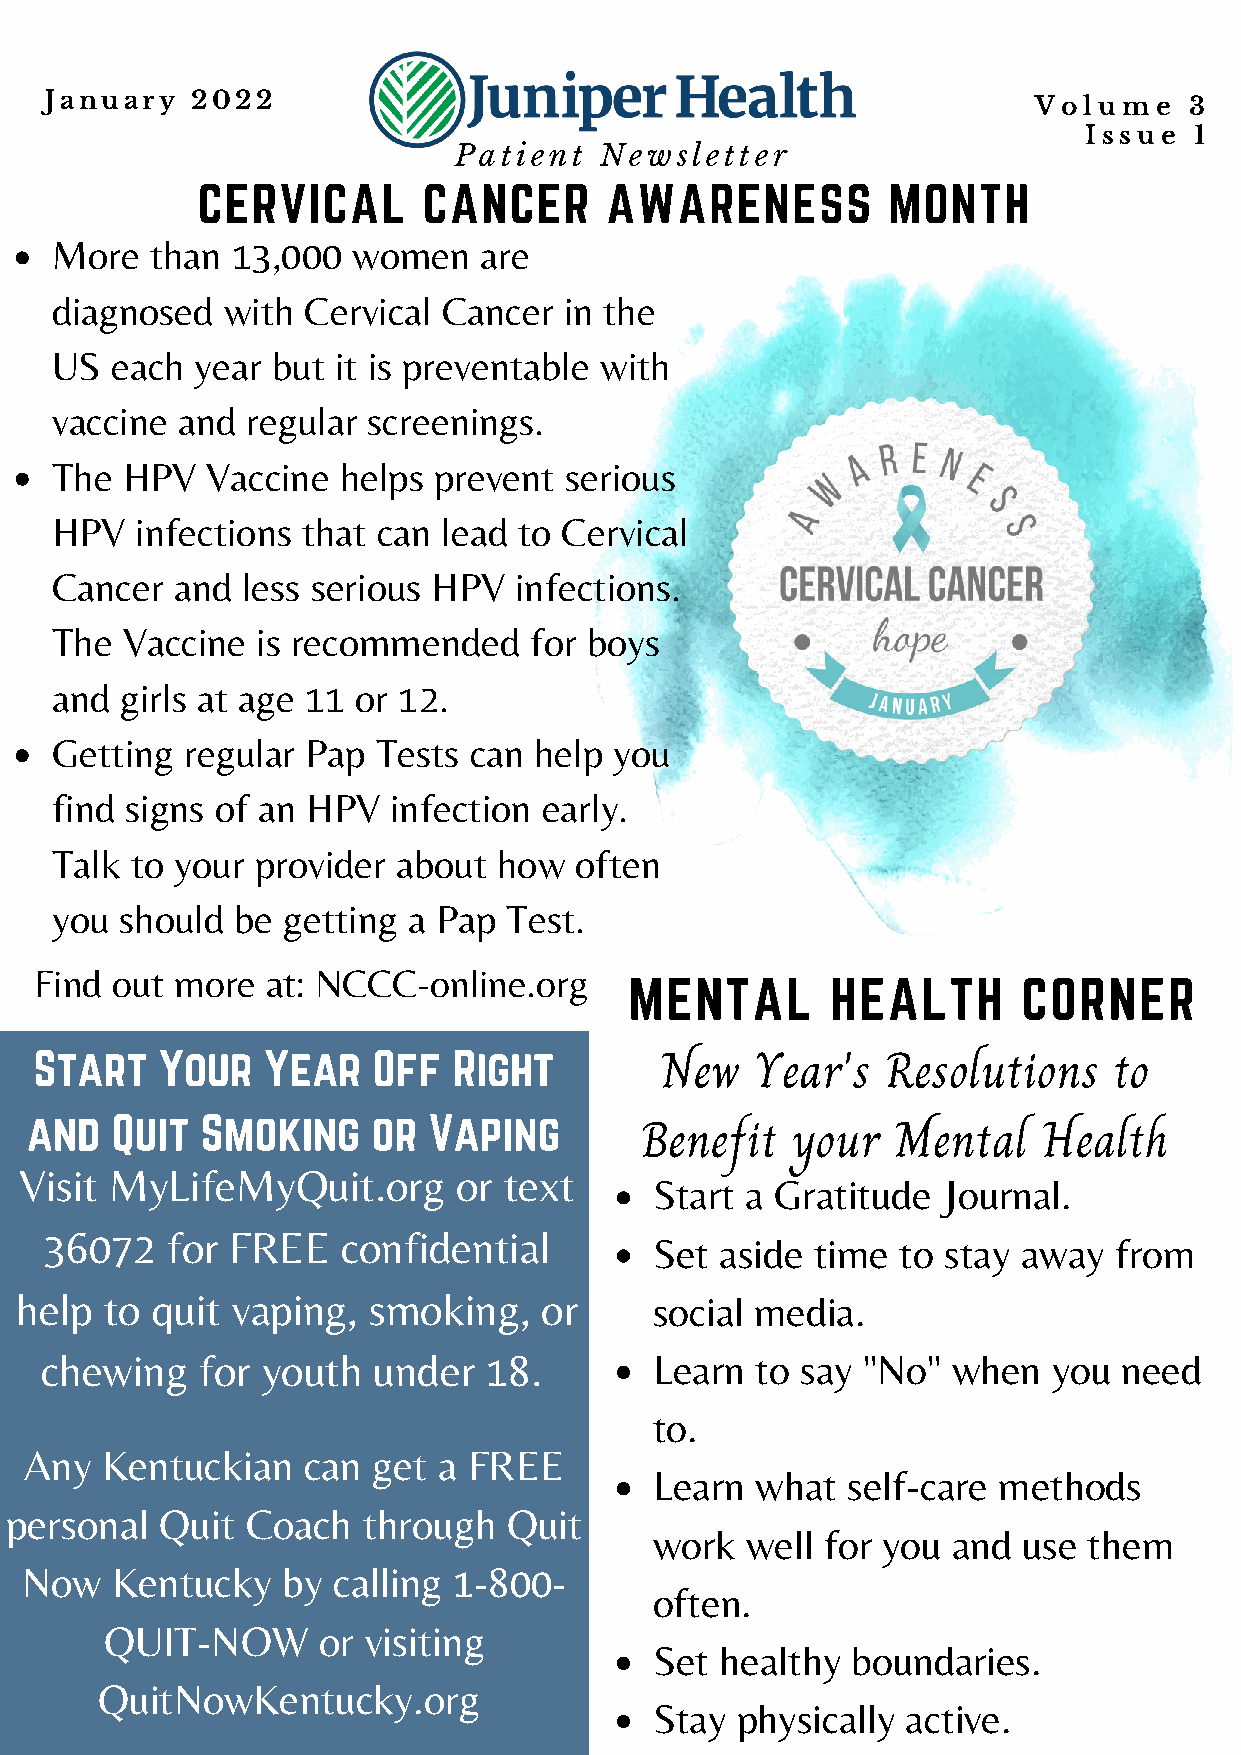
January   2022                                                   Volume     3
 Issue  1
 Patient   Newsletter
 CERVICAL       CANCER      AWARENESS          MONTH
 More   than 13,000  women    are
 diagnosed   with Cervical Cancer  in the
 US  each  year but it is preventable with
 vaccine  and regular screenings.
 The  HPV   Vaccine helps  prevent serious
 HPV   infections that can lead to Cervical
 Cancer  and  less serious HPV  infections.
 The  Vaccine  is recommended    for boys
 and  girls at age 11 or 12.
 Getting  regular Pap  Tests can help  you
 find signs of an HPV   infection early.
 Talk  to your provider about  how  often
 you  should be  getting a Pap Test.
 Find out  more  at: NCCC-online.org     MENTAL       HEALTH       CORNER
 Start    Your  Year    Off  Right
 New   Year's   Resolutions    to
 and  Quit  Smoking     or Vaping
 Benefit   your   Mental    Health
 Visit MyLifeMyQuit.org       or text
 Start a Gratitude  Journal.
 36072   for FREE    confidential
 Set  aside time  to stay away  from
 help  to quit vaping,  smoking,    or     social media.
 chewing   for youth   under  18.        Learn  to say "No"  when   you need
 to.
 Any  Kentuckian   can  get a FREE
 Learn  what  self-care methods
 personal   Quit Coach   through   Quit
 work  well  for you and  use them
 Now   Kentucky    by calling 1-800-
 often.
 QUIT-NOW      or visiting
 Set  healthy boundaries.
 QuitNowKentucky.org
 Stay  physically active.